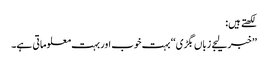
لکھتے ہیں:
’’خبر لیجے زباں بگڑی‘‘ بہت خوب اور بہت معلوماتی ہے۔